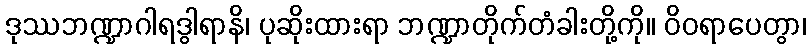
ဒုဿဘဏ္ဍာဂါရဒွါရာနိ၊ ပုဆိုးထားရာ ဘဏ္ဍာတိုက်တံခါးတို့ကို။ ဝိဝရာပေတွာ၊